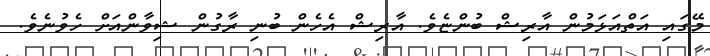
މޭގައި އަތްއަޅަމުން އާރިޝް ބުންޏެވެ. އާރިޝް އެހެން ބުނި ރާގުން ޝިވާންއަށް ހެވުނެވެ.